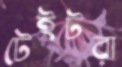
টেইটরা